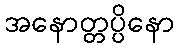
အနောတ္တပ္ပိနော